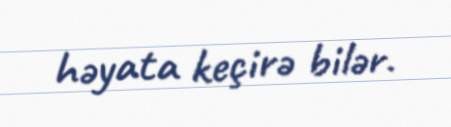
həyata keçirə bilər.